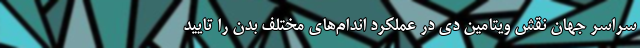
سراسر جهان نقش ویتامین دی در عملکرد اندام‌های مختلف بدن را تایید